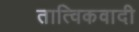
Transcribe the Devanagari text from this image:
तात्विकवादी